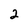
Character: 2